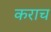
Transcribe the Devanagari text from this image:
कराच